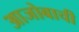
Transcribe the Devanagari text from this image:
आजोबाची